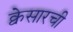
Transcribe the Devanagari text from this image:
क्वेसारची